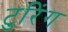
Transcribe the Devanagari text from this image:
टुरिंग